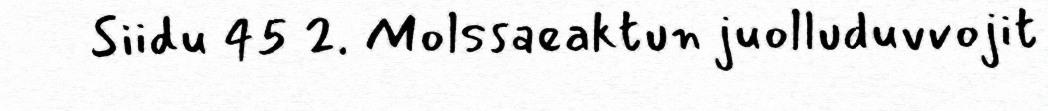
Siidu 45 2. Molssaeaktun juolluduvvojit